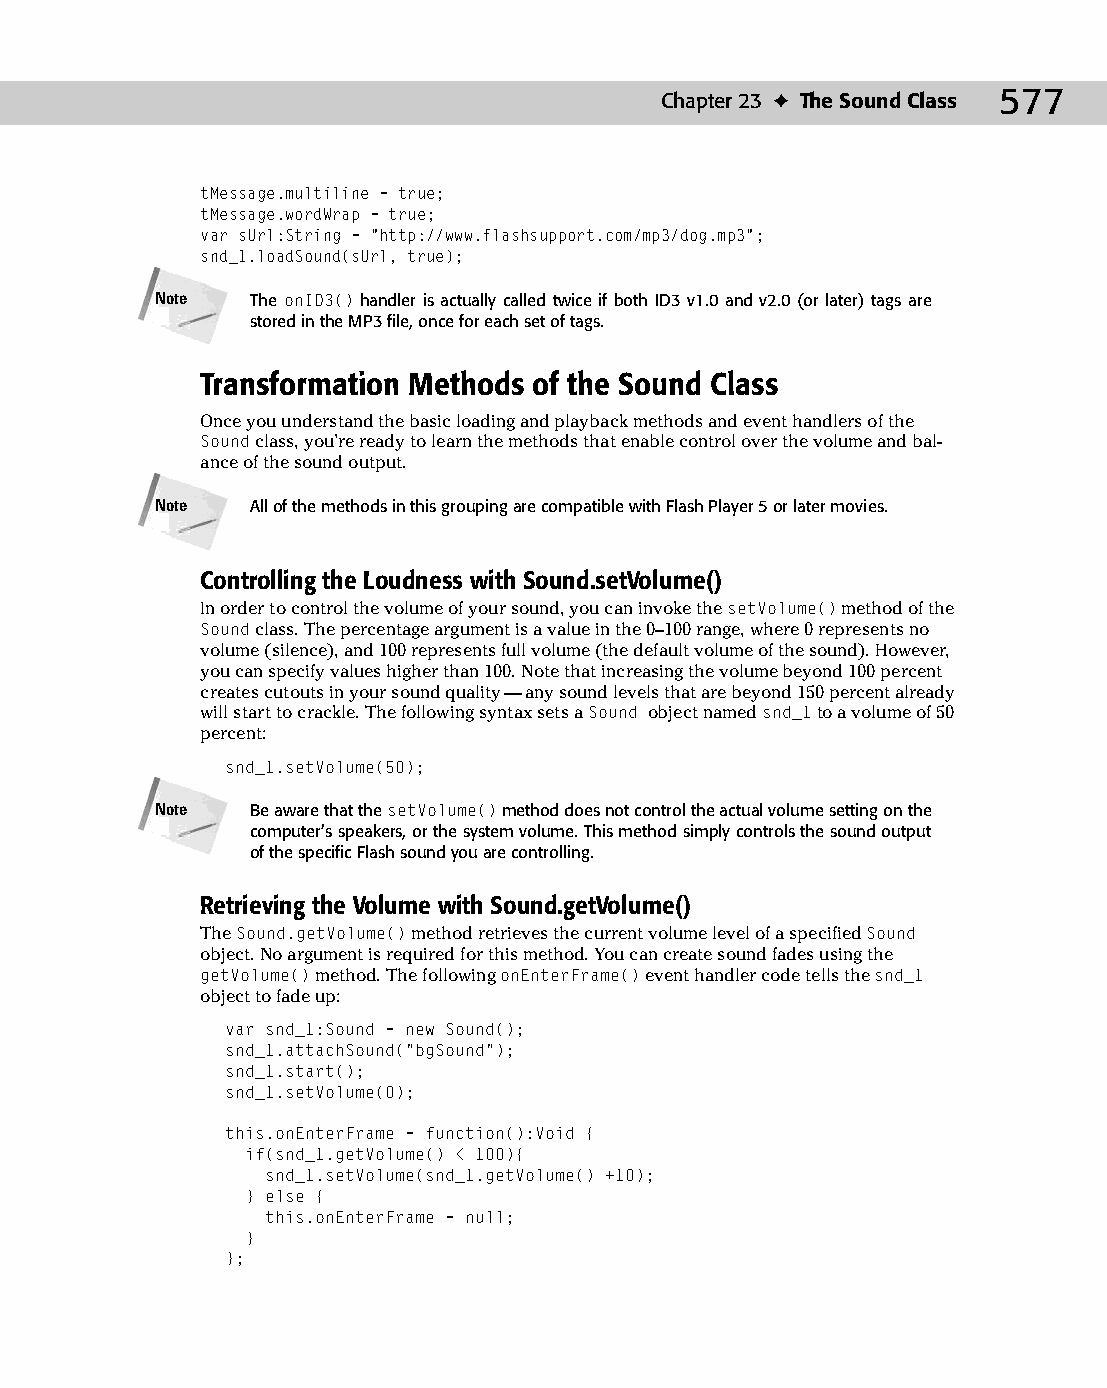
30 543547 ch23.qxd 3/24/04 4:09 PM Page 577
 Chapter 23 ✦ The Sound Class 577
 tMessage.multiline = true;
 tMessage.wordWrap = true;
 var sUrl:String = “http://www.flashsupport.com/mp3/dog.mp3”;
 snd_1.loadSound(sUrl, true);
 Note   The onID3() handler is actually called twice if both ID3 v1.0 and v2.0 (or later) tags are
 stored in the MP3 file, once for each set of tags.
 Transformation Methods of the Sound Class
 Once you understand the basic loading and playback methods and event handlers of the
 Sound class, you’re ready to learn the methods that enable control over the volume and bal­
 ance of the sound output.
 Note   All of the methods in this grouping are compatible with Flash Player 5 or later movies.
 Controlling the Loudness with Sound.setVolume()
 In order to control the volume of your sound, you can invoke the setVolume() method of the
 Sound class. The percentage argument is a value in the 0–100 range, where 0 represents no
 volume (silence), and 100 represents full volume (the default volume of the sound). However,
 you can specify values higher than 100. Note that increasing the volume beyond 100 percent
 creates cutouts in your sound quality — any sound levels that are beyond 150 percent already
 will start to crackle. The following syntax sets a Sound object named snd_1 to a volume of 50
 percent:
 snd_1.setVolume(50);
 Note   Be aware that the setVolume() method does not control the actual volume setting on the
 computer’s speakers, or the system volume. This method simply controls the sound output
 of the specific Flash sound you are controlling.
 Retrieving the Volume with Sound.getVolume()
 The Sound.getVolume() method retrieves the current volume level of a specified Sound
 object. No argument is required for this method. You can create sound fades using the
 getVolume() method. The following onEnterFrame() event handler code tells the snd_1
 object to fade up:
 var snd_1:Sound = new Sound();
 snd_1.attachSound(“bgSound”);
 snd_1.start();
 snd_1.setVolume(0);
 this.onEnterFrame = function():Void {
 if(snd_1.getVolume() < 100){
 snd_1.setVolume(snd_1.getVolume() +10);
 } else {
 this.onEnterFrame = null;
 }
 };